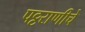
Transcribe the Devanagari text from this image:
पट्टराणीचे